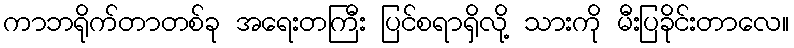
ကာဘရိုက်တာတစ်ခု အရေးတကြီး ပြင်စရာရှိလို့ သားကို မီးပြခိုင်းတာလေ။